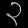
Digit: ၃